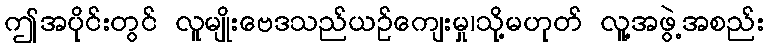
ဤအပိုင်းတွင် လူမျိုးဗေဒသည်ယဉ်ကျေးမှု၊သို့မဟုတ် လူ့အဖွဲ့အစည်း